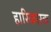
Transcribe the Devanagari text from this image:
हारिकारक